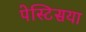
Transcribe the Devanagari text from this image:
पेस्टिसया